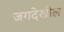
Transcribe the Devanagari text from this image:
जगदेखील